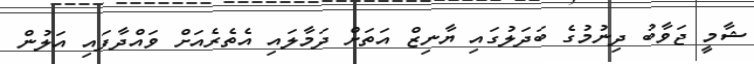
ޝާމީ ޖަވާބު ދިނުމުގެ ބަދަލުގައި ޔާނިޒް އަތަށް ދަމާލައި އެތެރެއަށް ވައްދާފައި އަލުން